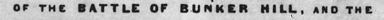
OF THE BATTLE OF BUNKER HILL, AND THE